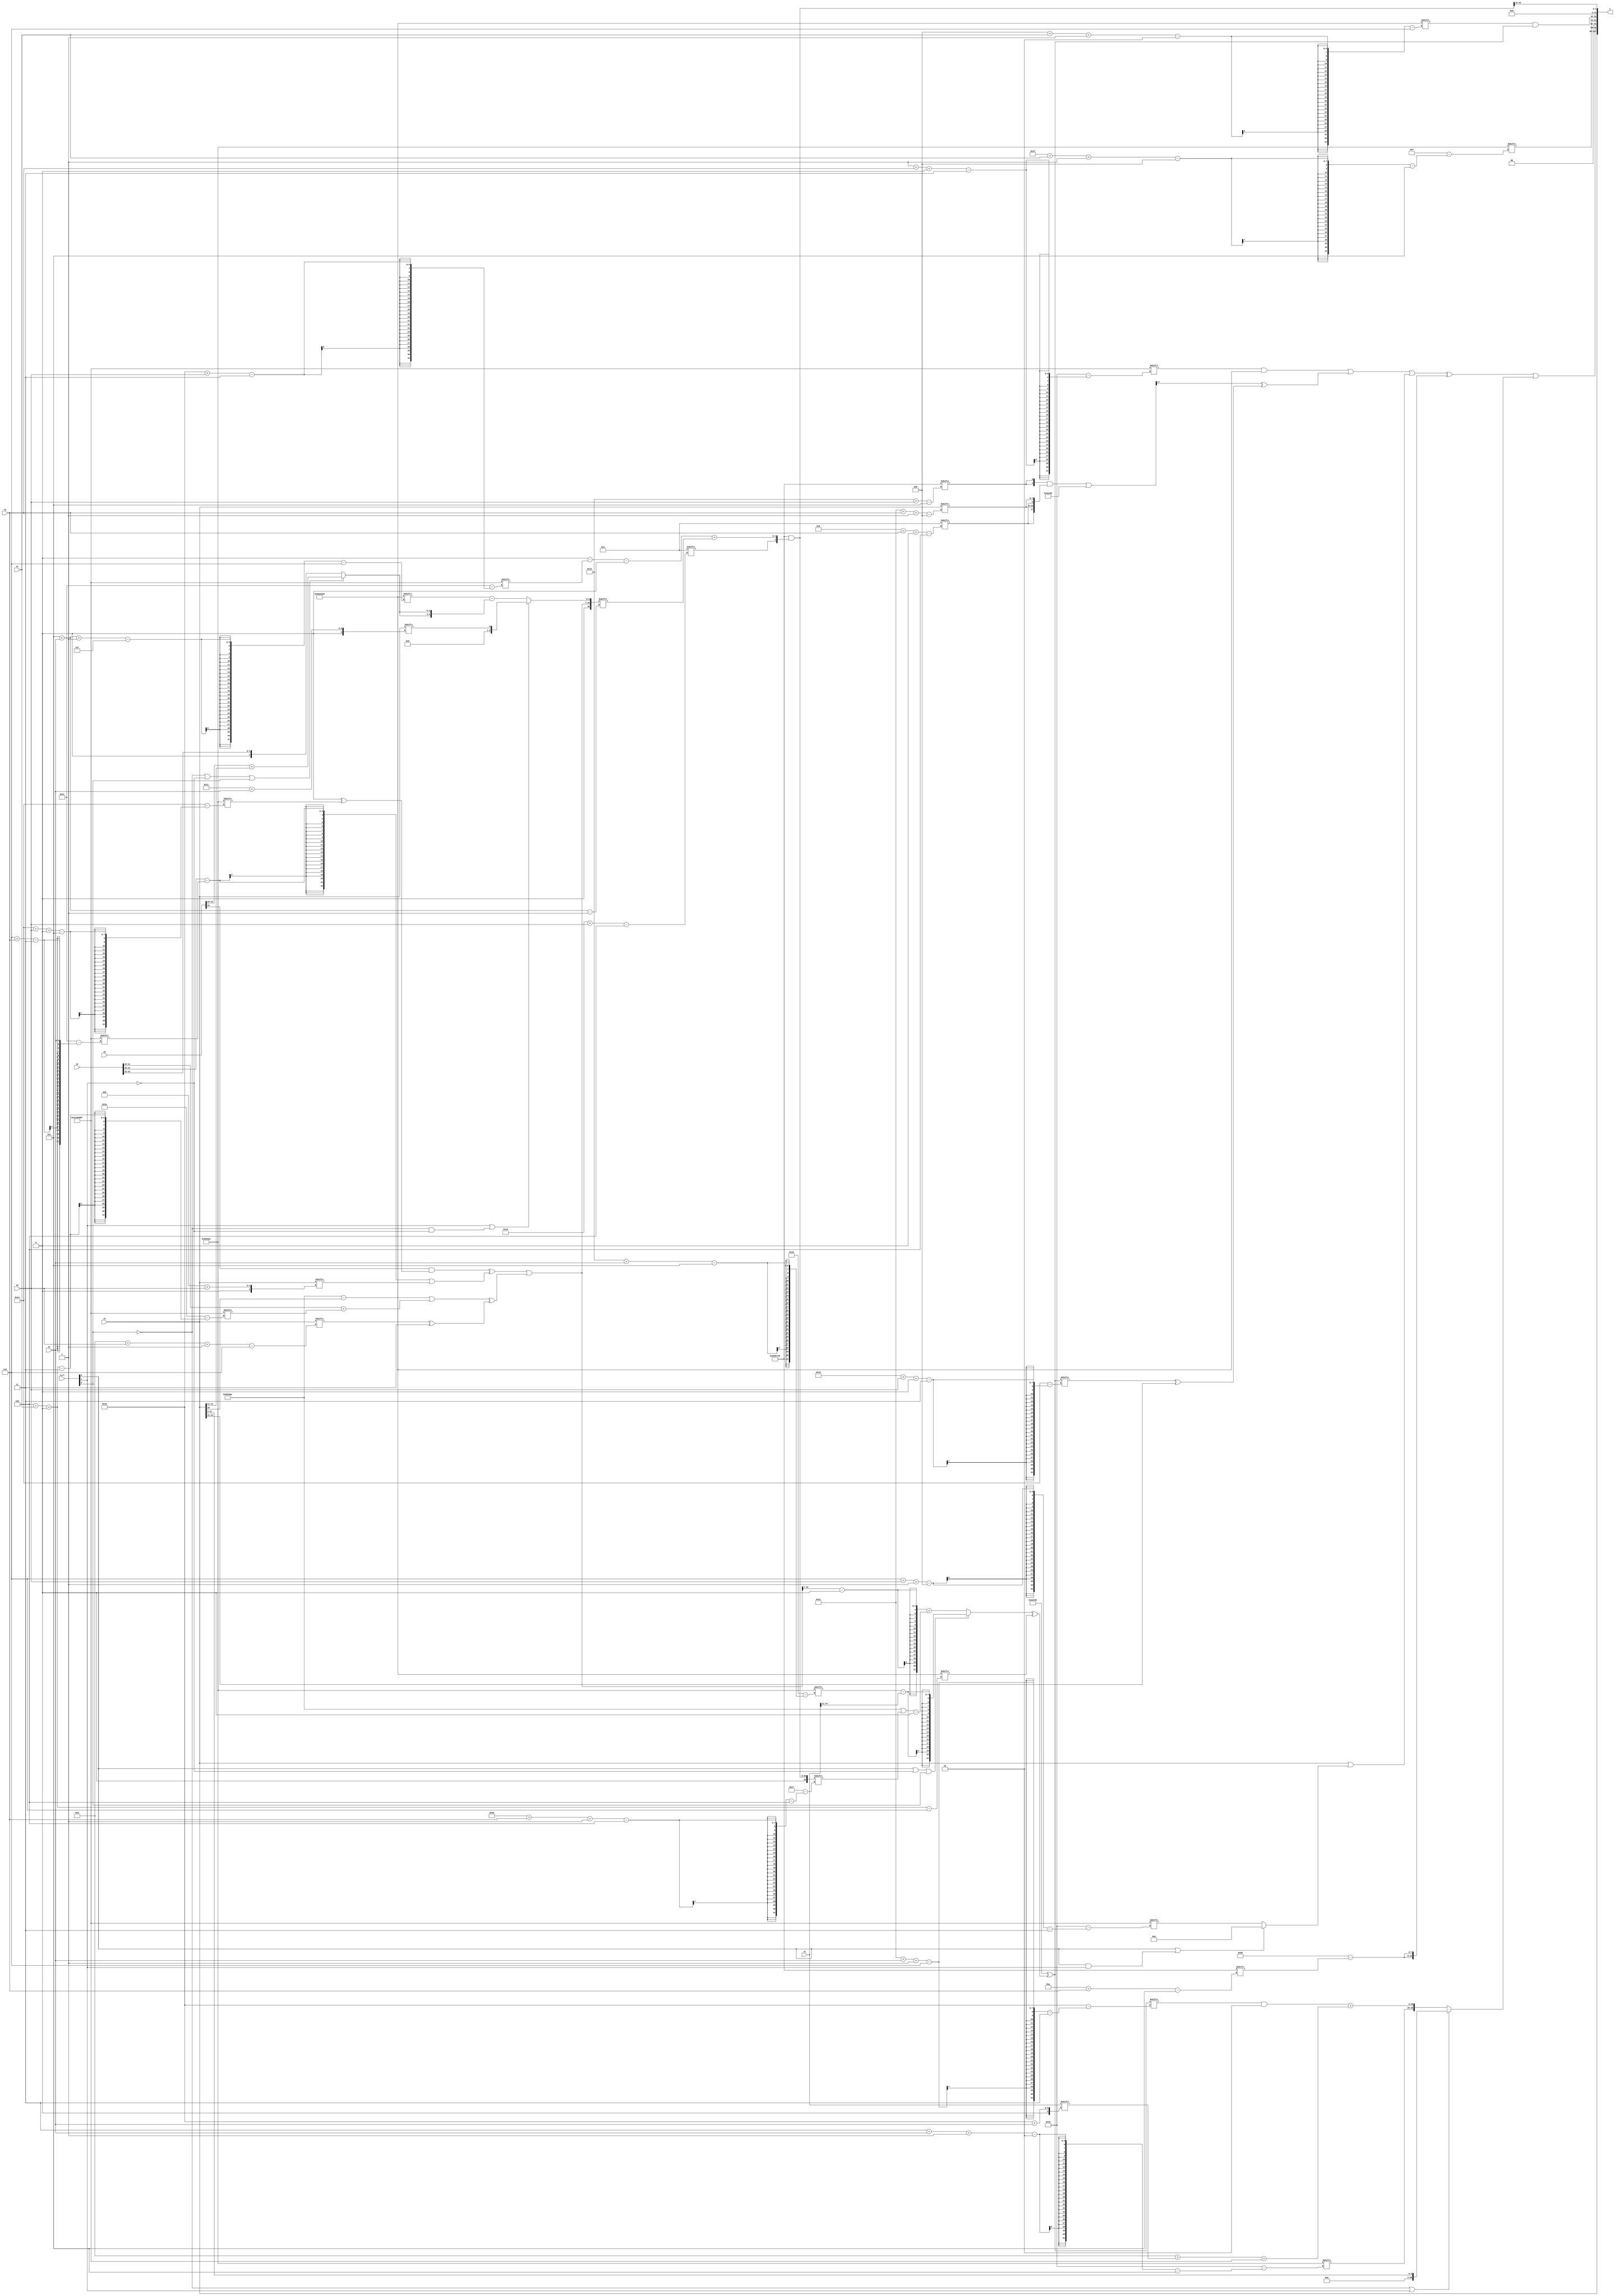
module partsel_00859(ctrl, s0, s1, s2, s3, x0, x1, x2, x3, y);
  input [3:0] ctrl;
  input [2:0] s0;
  input [2:0] s1;
  input [2:0] s2;
  input [2:0] s3;
  input signed [31:0] x0;
  input [31:0] x1;
  input signed [31:0] x2;
  input signed [31:0] x3;
  wire [31:1] x4;
  wire signed [2:29] x5;
  wire signed [27:4] x6;
  wire signed [26:7] x7;
  wire [4:30] x8;
  wire signed [7:30] x9;
  wire [7:30] x10;
  wire [25:5] x11;
  wire [31:1] x12;
  wire [3:24] x13;
  wire [3:30] x14;
  wire signed [30:5] x15;
  output [127:0] y;
  wire signed [31:0] y0;
  wire [31:0] y1;
  wire [31:0] y2;
  wire signed [31:0] y3;
  assign y = {y0,y1,y2,y3};
  localparam [30:5] p0 = 723969866;
  localparam signed [5:27] p1 = 590030252;
  localparam [31:6] p2 = 42609670;
  localparam signed [3:31] p3 = 851470727;
  assign x4 = {(((x0[15] & (p1[12 +: 1] ^ p1[20 + s0 +: 3])) ^ ((x2[21 -: 2] - p3[6 + s3]) | x3[11 + s0])) | (((p1 - x3[18 +: 1]) | (x2[10 +: 2] + p3[4 + s1 +: 3])) ^ (x3[13 + s0 -: 6] ^ p0[14 +: 4]))), (ctrl[1] || !ctrl[3] && !ctrl[1] ? x3[17 + s2] : (p2[5 + s2 -: 7] - {2{(!ctrl[3] || !ctrl[1] || ctrl[3] ? (x0[12 -: 3] + x3[13 -: 3]) : x2[23 -: 2])}}))};
  assign x5 = p2[13];
  assign x6 = p3[18];
  assign x7 = {(p0[11 + s3] & {2{p0[20 + s0 -: 1]}}), x4[20]};
  assign x8 = (p0 & {x6[18 + s0], (((p0[17] - p3[16 + s0]) - {2{p2[13 +: 1]}}) + x4[5 + s2])});
  assign x9 = x0[25 + s2 +: 1];
  assign x10 = (x2[13 +: 4] & (x7 & (ctrl[1] && ctrl[2] && !ctrl[1] ? p3[8 + s0] : {2{{x5[9 +: 2], x2[21 + s2 -: 4]}}})));
  assign x11 = (({2{p0[19 + s0]}} & {2{{x6[9 + s3 +: 1], x3[30 + s3 -: 8]}}}) | {x6[21 -: 3], p2});
  assign x12 = p3[1 + s3 +: 8];
  assign x13 = {x10[9 +: 2], (p2 ^ ((ctrl[0] || !ctrl[1] || ctrl[3] ? (p1[19 + s2] - x1[11 +: 4]) : ((x4[18 -: 4] - x9[23 -: 1]) + ((p1 | x8[24 + s3 -: 4]) - x9[18 +: 1]))) ^ p2[4 + s1 +: 3]))};
  assign x14 = p3;
  assign x15 = x12[23 + s1 +: 5];
  assign y0 = x3;
  assign y1 = (((((x12 & p2) | (x11[23 -: 2] ^ (x13[29 + s0 +: 2] ^ x3[23 -: 3]))) | (x3 | (ctrl[0] || ctrl[0] && ctrl[1] ? x6[15] : p3[6 + s0 -: 8]))) ^ {2{({2{p0[8 +: 4]}} - p0[10 + s3])}}) | (!ctrl[3] || !ctrl[3] || ctrl[1] ? x3[12 -: 4] : {p1[3 + s2 -: 2], ((x13[30 + s2 -: 6] & p1[23 -: 3]) + ((p1[19 +: 4] + x1[16 + s2]) + p3))}));
  assign y2 = {p1[31 + s1 -: 8], (p2[8 + s1 -: 2] & x13)};
  assign y3 = x8[14 +: 2];
endmodule